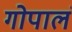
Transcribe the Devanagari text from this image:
गोपालं